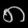
Digit: ၈